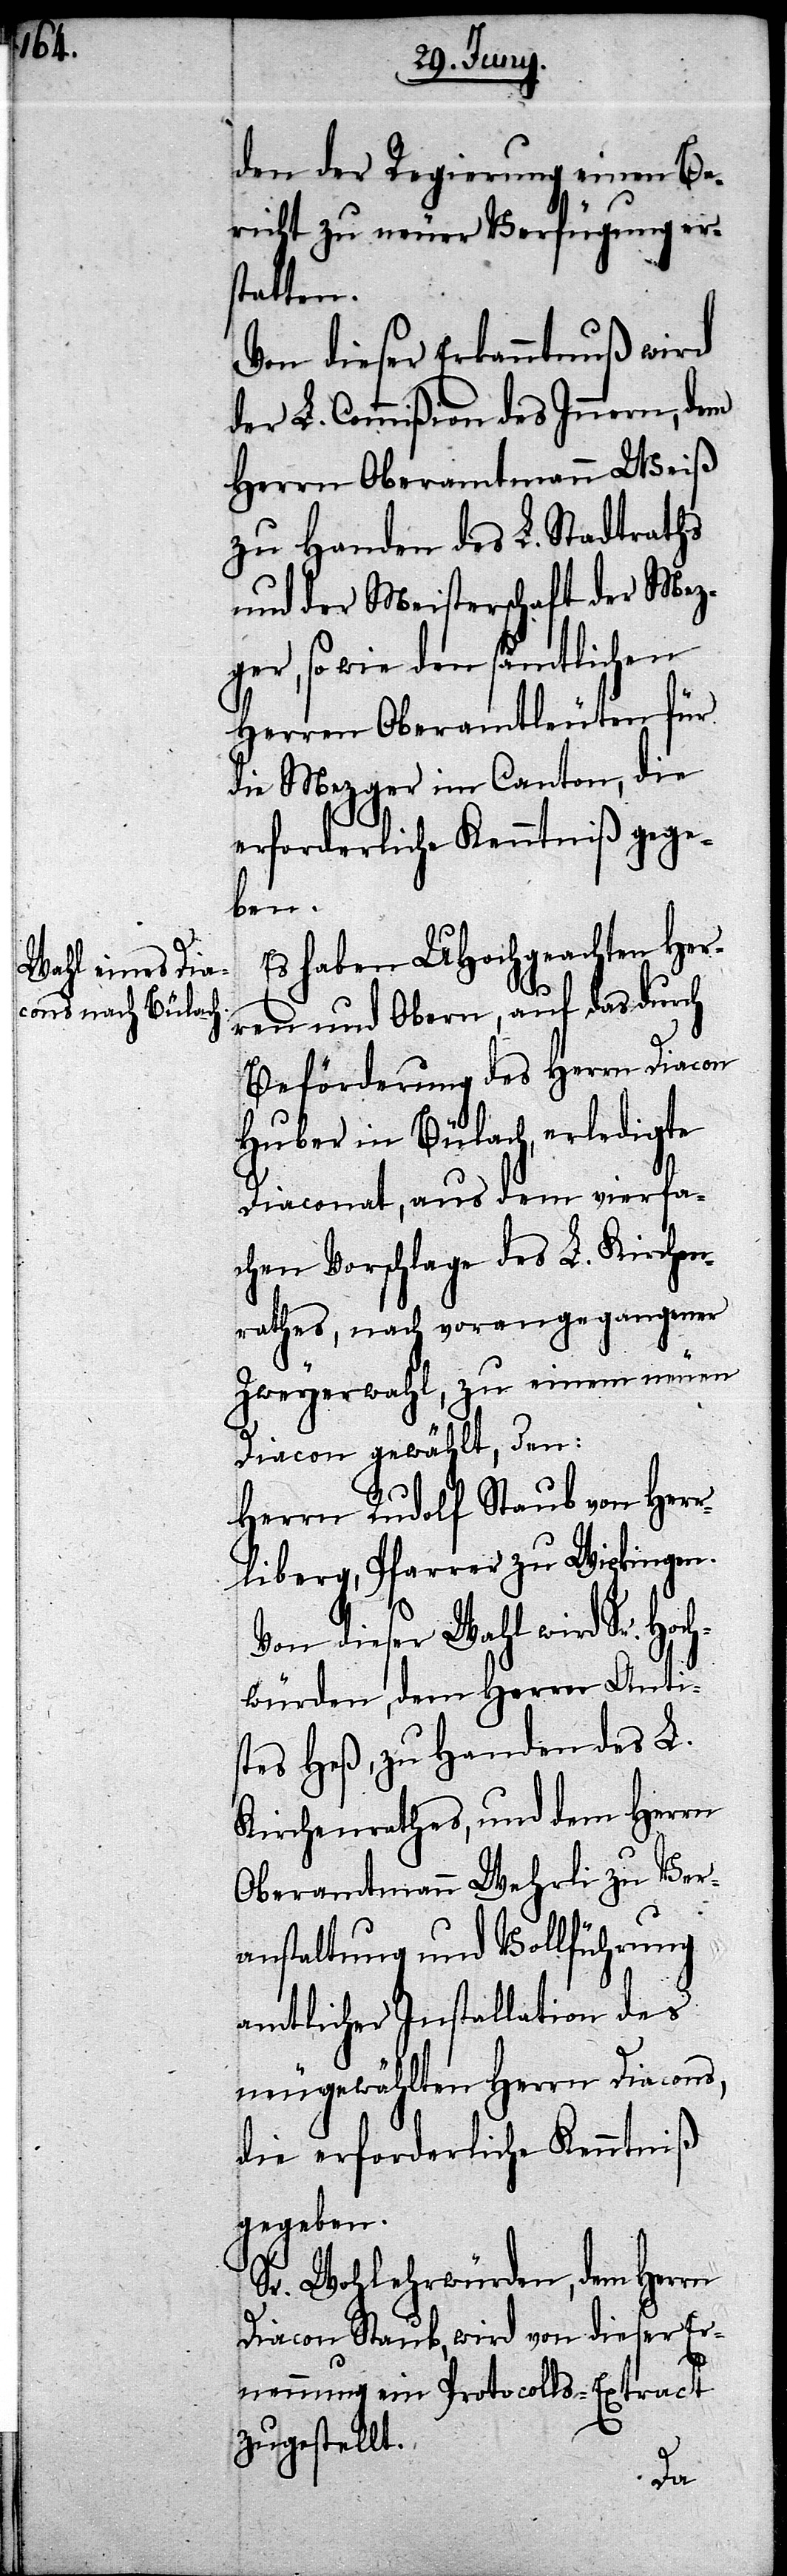
den der Regierung einen Be¬
richt zu neuer Verfügung er¬
statten.
Von dieser Erkanntnuß wird
der L. Commißion des Innern, dem
Herrn Oberamtmann Weiß
zu Handen des L. Stadtraths
und der Meisterschaft der Mez¬
ger, so wie den sämtlichen
Herren Oberamtleuten für
die Mezger im Canton, die
erforderliche Kenntniß gege¬
ben.
Es haben UHochgeachten Her¬
ren und Obern, auf das durch
Beförderung des Herrn Diacon
Huber in Bülach, erledigte
Diaconat, aus dem vierfa¬
chen Vorschlage des L. Kirchen¬
rathes, nach vorangegangener
Zweyerwahl, zu einem neuen
Diacon gewählt, den:
Herrn Rudolf Staub von Herr¬
liberg, Pfarrer zu Wipkingen.
Von dieser Wahl wird Sr. Hoch¬
würden, dem Herrn Anti¬
stes Heß, zu Handen des L.
Kirchenrathes, und dem Herrn
Oberamtmann Wehrli zu Ver¬
anstaltung und Vollführung
amtlicher Installation des
neugewählten Herrn Diacons,
die erforderliche Kenntniß
gegeben.
Sr. Wohlehrwürden, dem Herrn
Diacon Staub, wird von dieser Er¬
nennung ein Protocolls-Extract
zugestellt.